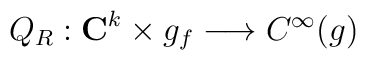
Q_R : {\bf C}^k \times g_f \longrightarrow C^{\infty}(g)